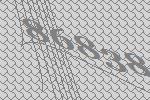
86838